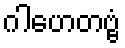
ဂါဟေတဗ္ဗံ